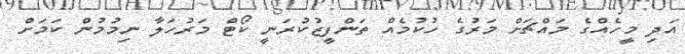
އަދި މީހެއްގެ މައްޗަށް މަރުގެ ހުކުމެއް ތަންފީޒުކުރަނީ ކޯޓް މަރުހަލާ ނިމުމުން ކަމަށް